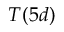
T ( 5 d )